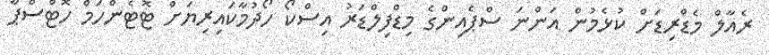
ރެއާލް މެޑްރިޑަށް ކުޅެމުން އަންނަ ސްޕެއިންގެ މިޑްފިލްޑަރު އިސްކޯ ހޯދުމާކައިރިޔަށް ޓޮޓެންހަމް ހޮޓްސްޕާ